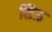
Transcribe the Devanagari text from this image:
सिऊ